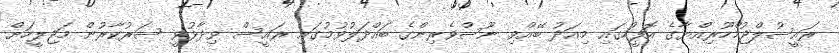
ރައީސުލްޖުމްހޫރިއްޔާގެ އޮފީހުގައި މިއަދު ބޭއްވި ނޫސްވެރިންގެ ބައްދަލުވުމުގައި ރައީސް ވިދާޅުވީ ސަރުކާރުން މަޖިލީހަށް